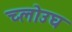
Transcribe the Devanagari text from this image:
च्लोउघ